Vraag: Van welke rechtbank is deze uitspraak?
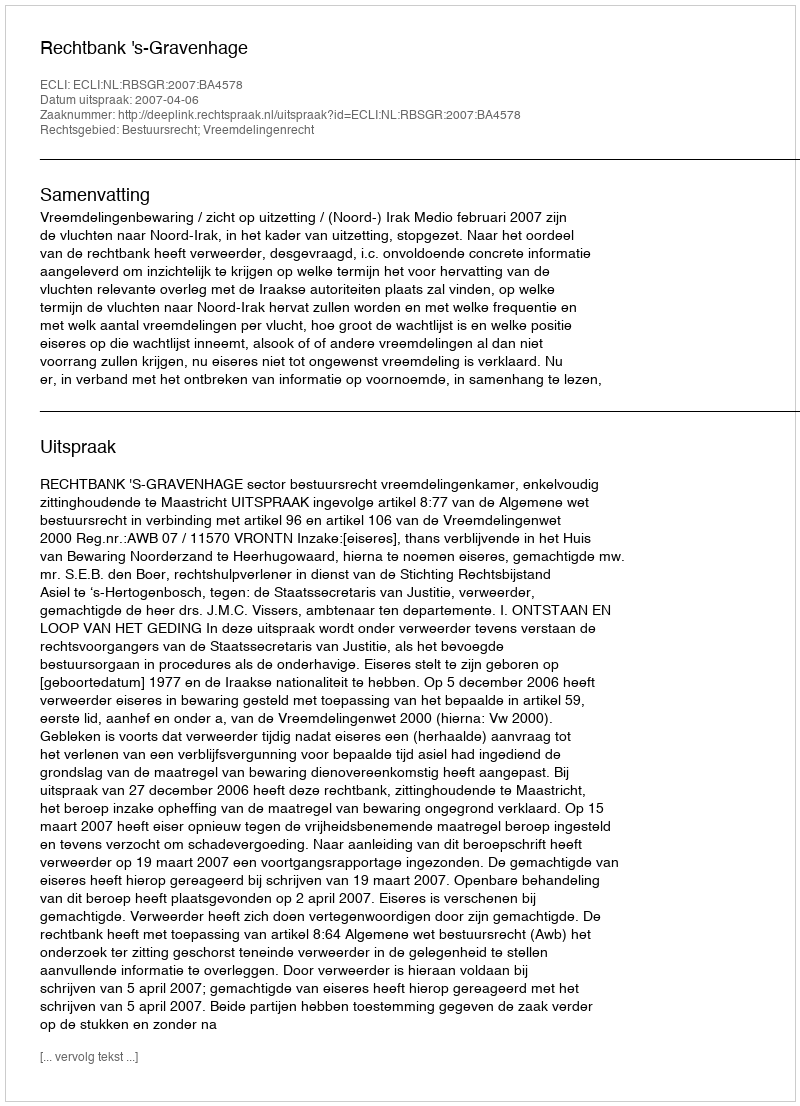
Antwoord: Rechtbank 's-Gravenhage